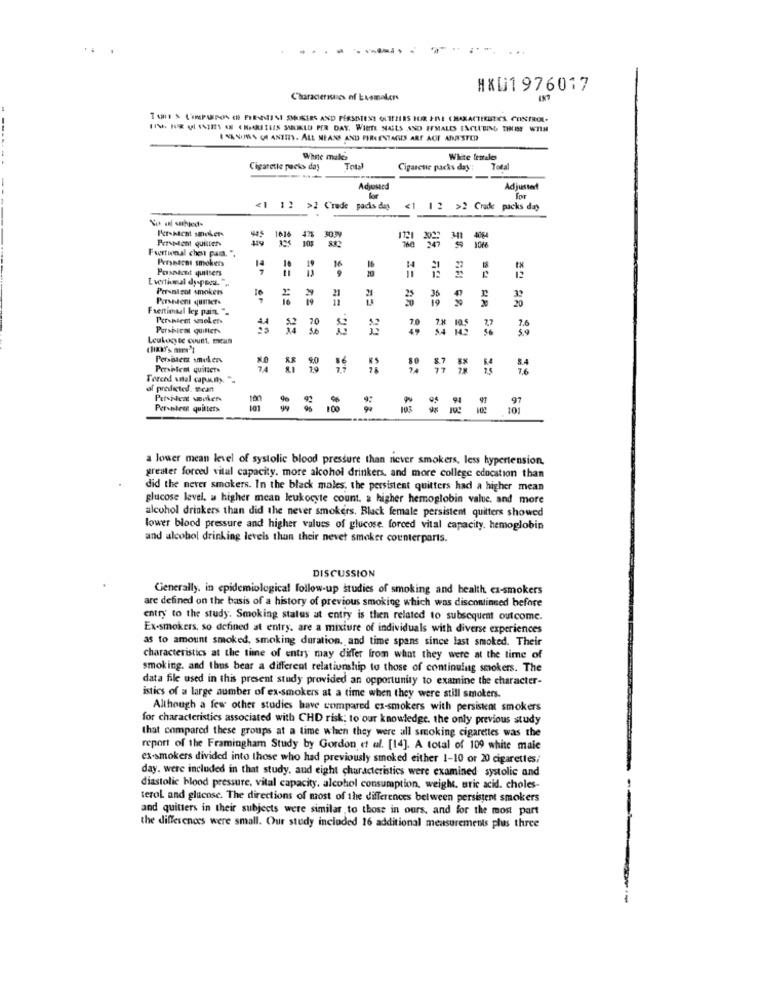
...
#XD1 976017
Charactersuses of Exsmokers
HIV, HUR ( $4311 68 ( MARIEIS SILIKLO PER DAY. WIETE NAILS AND FEMALES INCLUDING THOSE WITH
----
I NA NIMMS CH ANTES. ALL MEANS AND PERCENTAGES ART ACT ANASTED
Wine males
White tentales
Cigarette packs day
Total
Cigarcue packs day: Total
---
Adposted
Adjusted
for
>2 Crede
packs day
<1
1 2 >2 Crude packs day
Per-Nacht smokers
Furtunal chest pas. ".
Perseacas smokers
Posasont quitsers
2A
Per-nicol smokers
Parsnien quier-
AR
Frettiotal leg pain. "
Per-niemt smolens
Persiicms quitter-
BU * == 22
22
22
Leukocyte count. scan
Persiaerz smeken
Pershtem quifiets
Torced ustal capacity."
of predicted. theant
100
97
Persoless quilters
100
195
101
a lower mean level of systolic blood pressure than never smokers, less hypertension.
greater forced vital capacity. more alcohol drinkers, and more college education than
did the never smokers. In the black males, the persistent quitters had a higher mean
glucose level, a higher mean leukocyte count. a higher hemoglobin value, and more
alcohol drinkers than did the never smokers. Black female persistent quitters showed
lower blood pressure and higher values of glucose. forced vital capacity. hemoglobin
and alcohol drinking levels than their nevet smoker counterparts.
DISCUSSION
Generally. in epidemiological follow-up studies of smoking and health ex-smokers
are defined on the basis of a history of previous smoking which was discontinued before
entry to the study. Smoking status at entry is then related to subsequent outcome.
Ex-smokers, so defined at entry. are a mixture of individuals with diverse experiences
as to amount smoked, smoking duration, and time spans since last smoked. Their
characteristics at the time of entry may differ from what they were at the time of
smoking. and thus bear a different relationship to those of continuing smokers. The
data file used in this present study provided an opportunity to examine the character-
istics of a large number of ex-smokers at a time when they were still smokers.
Although a few other studies have compared ex-smokers with persistent smokers
for characteristics associated with CHD risk: to our knowledge. the only previous study
that compared these groups at a time when they were all smoking cigarettes was the
report of the Framingham Study by Gordon et al. [14]. A total of 109 white male
ex-smokers divided into those who had previously smoked either 1-10 or 20 cigarettes/
day. were included in that study, and eight characteristics were examined systolic and
diastolic blood pressure, vital capacity, alcohol consumption, weight, uric acid. choles-
terol and glucose. The directions of most of the differences between persistent smokers
and quitters in their subjects were similar to those in ours, and for the most part
the differences were small. Our study included 16 additional measurements plus three